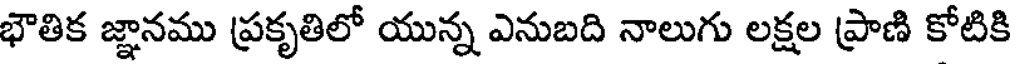
భౌతిక జ్ఞానము ప్రకృతిలో యున్న ఎనుబది నాలుగు లక్షల ప్రాణి కోటికి